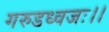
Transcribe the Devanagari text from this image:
गरुडध्वजः।।